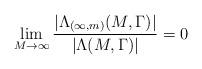
LaTeX: \begin{align*} \lim_{M\to \infty}\frac{|\Lambda_{(\infty,m)}(M,\Gamma)|}{|\Lambda(M,\Gamma)|}=0 \end{align*}